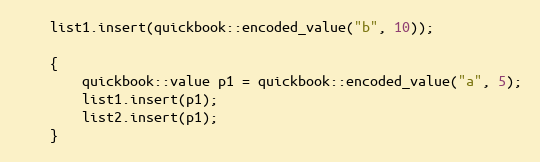
Language: C++
    list1.insert(quickbook::encoded_value("b", 10));

    {
        quickbook::value p1 = quickbook::encoded_value("a", 5);
        list1.insert(p1);
        list2.insert(p1);
    }